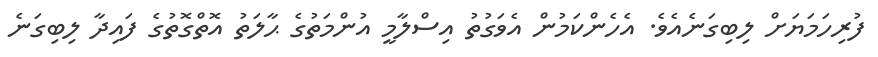
ފުރިހަމަޔަށް ލިބިގަނެއެވެ. އެހެންކަމުން އެވަގުތު އިސްލާމީ އުންމަތުގެ ޙާލަތު އޮތްގޮތުގެ ފައިދާ ލިބިގަނެ